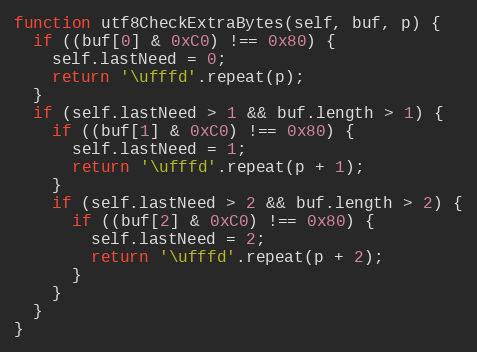
Language: JavaScript
function utf8CheckExtraBytes(self, buf, p) {
  if ((buf[0] & 0xC0) !== 0x80) {
    self.lastNeed = 0;
    return '\ufffd'.repeat(p);
  }
  if (self.lastNeed > 1 && buf.length > 1) {
    if ((buf[1] & 0xC0) !== 0x80) {
      self.lastNeed = 1;
      return '\ufffd'.repeat(p + 1);
    }
    if (self.lastNeed > 2 && buf.length > 2) {
      if ((buf[2] & 0xC0) !== 0x80) {
        self.lastNeed = 2;
        return '\ufffd'.repeat(p + 2);
      }
    }
  }
}